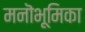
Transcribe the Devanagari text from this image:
मनॊभूमिका